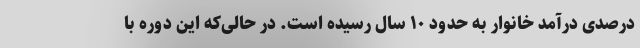
درصدی درآمد خانوار به حدود ۱۰ سال رسیده است. در حالی‌که این دوره با